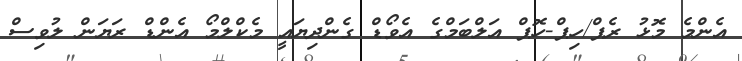
އެންމެ މޮޅު ރެޕް/ހިޕް-ހޮޕް އަލްބަމްގެ އެވޯޑް ގެންދިޔައީ މެކްލްމޯ އެންޑް ރަޔަން ލުވިސް